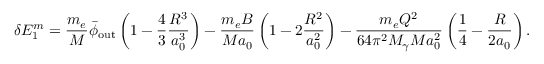
\delta E _ { 1 } ^ { m } = \frac { m _ { e } } { M } \bar { \phi } _ { \mathrm { o u t } } \left( 1 - \frac { 4 } { 3 } \frac { R ^ { 3 } } { a _ { 0 } ^ { 3 } } \right) - \frac { m _ { e } B } { M a _ { 0 } } \left( 1 - 2 \frac { R ^ { 2 } } { a _ { 0 } ^ { 2 } } \right) - \frac { m _ { e } Q ^ { 2 } } { 6 4 \pi ^ { 2 } M _ { \gamma } M a _ { 0 } ^ { 2 } } \left( \frac { 1 } { 4 } - \frac { R } { 2 a _ { 0 } } \right) .